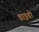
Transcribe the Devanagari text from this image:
डाइडो